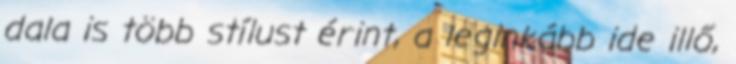
dala is több stílust érint, a leginkább ide illő,